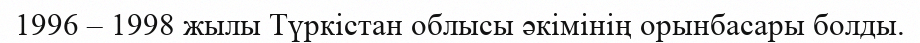
1996 – 1998 жылы Түркістан облысы әкімінің орынбасары болды.